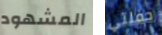
المشهود حفلتي